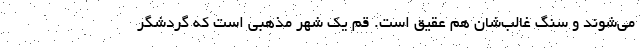
می‌شوند و سنگ غالب‌شان هم عقیق است. قم یک شهر مذهبی است که گردشگر